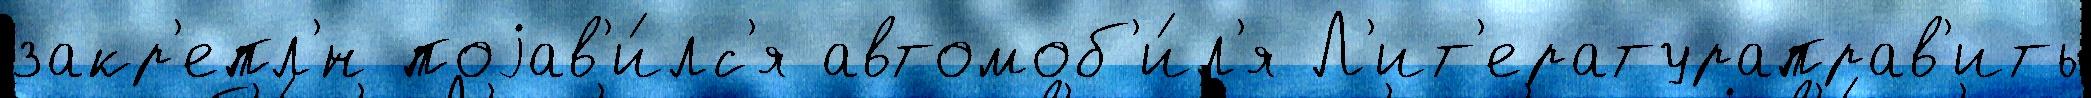
закр'епл'́н поjав'и́лс'я автомоб'и́л'я Л'ит'ератураправ'ить